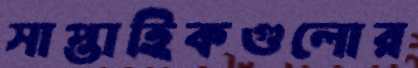
সাপ্তাহিকগুলোর